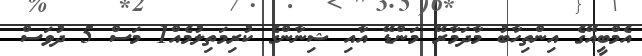
އެމްބީއޭގެ އިންތިހާބު މާދަމާރޭ މަންޑޭ އާއި ޝިނާންގެ ކުރިމަތިލުމެއް1 މަސް 5 ދުވަސް